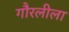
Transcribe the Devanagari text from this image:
गौरलीला